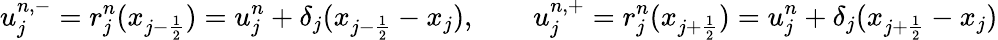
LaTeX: u_{j}^{n,-}=r_{j}^{n}(x_{{j-\frac{1}{2}}})=u_{j}^{n}+\delta_{j}(x_{{j-\frac{1}{2}}}-x_{j}),\qquad u_{j}^{n,+}=r_{j}^{n}(x_{{j+\frac{1}{2}}})=u_{j}^{n}+\delta_{j}(x_{{j+\frac{1}{2}}}-x_{j})